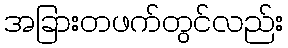
အခြားတဖက်တွင်လည်း